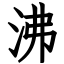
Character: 沸